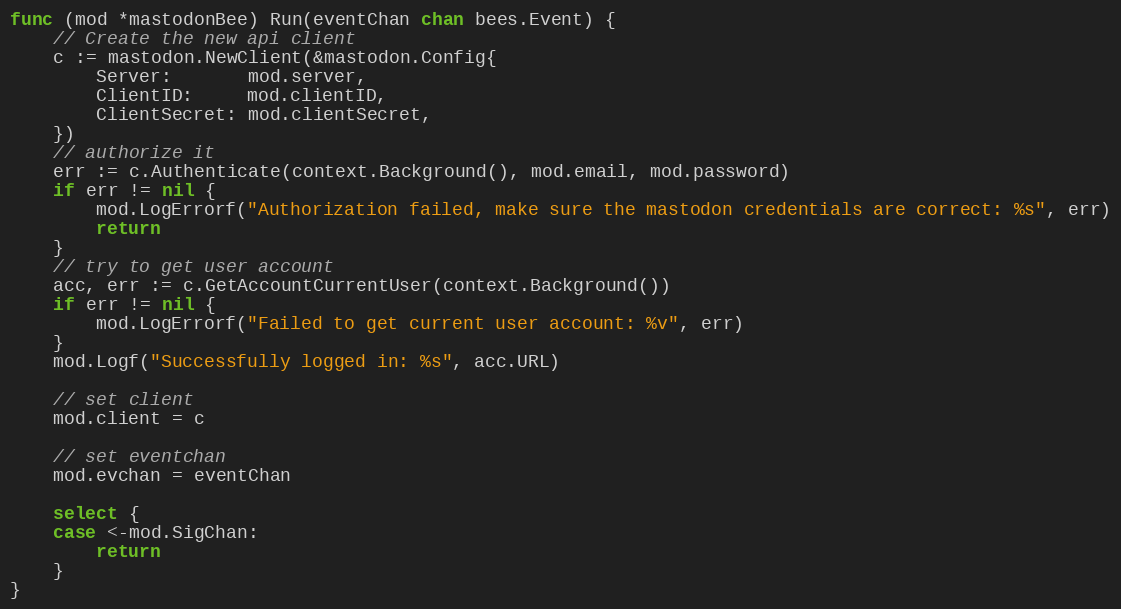
Language: Go
func (mod *mastodonBee) Run(eventChan chan bees.Event) {
	// Create the new api client
	c := mastodon.NewClient(&mastodon.Config{
		Server:       mod.server,
		ClientID:     mod.clientID,
		ClientSecret: mod.clientSecret,
	})
	// authorize it
	err := c.Authenticate(context.Background(), mod.email, mod.password)
	if err != nil {
		mod.LogErrorf("Authorization failed, make sure the mastodon credentials are correct: %s", err)
		return
	}
	// try to get user account
	acc, err := c.GetAccountCurrentUser(context.Background())
	if err != nil {
		mod.LogErrorf("Failed to get current user account: %v", err)
	}
	mod.Logf("Successfully logged in: %s", acc.URL)

	// set client
	mod.client = c

	// set eventchan
	mod.evchan = eventChan

	select {
	case <-mod.SigChan:
		return
	}
}